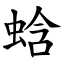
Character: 蛿